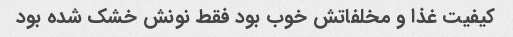
کیفیت غذا و مخلفاتش خوب بود فقط نونش خشک شده بود